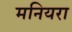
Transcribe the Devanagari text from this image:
मनियरा